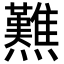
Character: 㸐